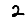
Digit: 2